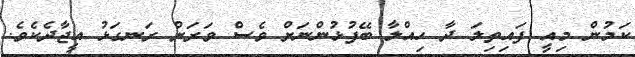
ކަމުން މިއީ ފައިތިލަ ދާ ހިއްލާ ބޭފުޅުންނަށް ވެސް ވަރަށް ރަނގަޅު އީޖާދެކެވެ.